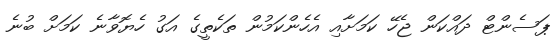
ޕަސެންޓް ދައްކަން ޖެހޭ ކަމަށާއި އެހެންކަމުން ތަކެތީގެ އަގު ހެޔޮވާނެ ކަމަށް ބުނެ